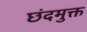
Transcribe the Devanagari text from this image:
छंदमुक्त